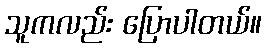
သူကလည်း ပြောပါတယ်။